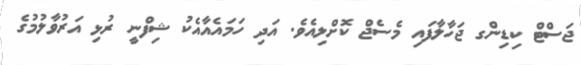
ޖަސްޓް ކިޑިންގ ޖަހާލާފައި މެސެޖް ކޮށްލިއެވެ. އަދި ހަމައެއާއެކު ޝިފްނީ ރުޅި އަރުވާލުމުގެ